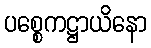
ပစ္စေကဋ္ဌာယိနော